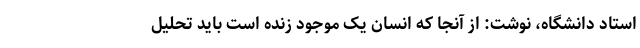
استاد دانشگاه، نوشت: از آنجا که انسان یک موجود زنده است باید تحلیل